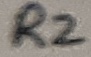
Text: R2